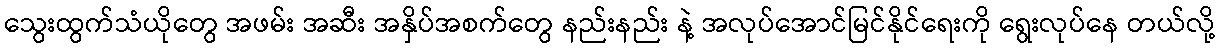
သွေးထွက်သံယိုတွေ အဖမ်း အဆီး အနှိပ်အစက်တွေ နည်းနည်း နဲ့ အလုပ်အောင်မြင်နိုင်ရေးကို ရွေးလုပ်နေ တယ်လို့